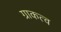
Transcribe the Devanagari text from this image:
ग्राकत्व